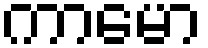
ကာမော